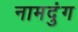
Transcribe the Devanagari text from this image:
नामदुंग